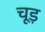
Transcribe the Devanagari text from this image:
चूड़